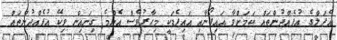
އެޕަލްގެ އުފެއްދުންތައް ކަމަށްވާ އައިފޯނާއި އައިޕެޑަކީ މިހާރުވެސް އެންމެ ގިނައިން ވިކޭ އުފެއްދުންތައް